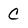
Character: C